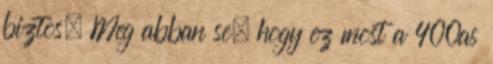
biztos. Meg abban se, hogy ez most a 400as